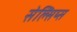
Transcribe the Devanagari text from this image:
सेल्सिय्स